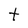
Character: t